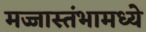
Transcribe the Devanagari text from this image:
मज्जास्तंभामध्ये